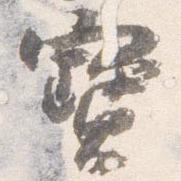
宝